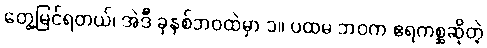
တွေ့မြင်ရတယ်၊ အဲဒီ ခုနစ်ဘဝထဲမှာ ၁။ ပထမ ဘဝက ဧရကစ္ဆဆိုတဲ့